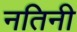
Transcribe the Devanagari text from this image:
नतिनी